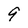
Character: 9